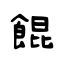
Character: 餛